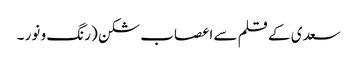
سعدی کے قلم سے	اعصاب شکن (رنگ و نور ۔